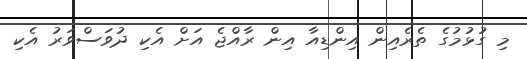
މި ގުޅުމުގެ ތެރެއިން އިންޑިއާ އިން ރާއްޖެ އަށް އެކި ދުވަސްވަރު އެކި